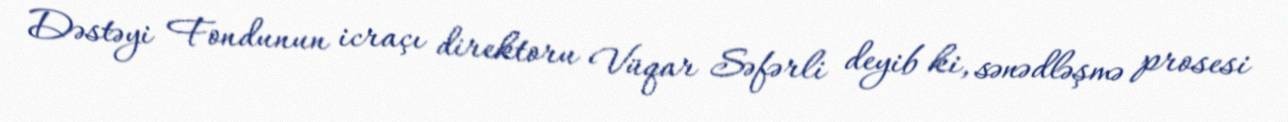
Dəstəyi Fondunun icraçı direktoru Vüqar Səfərli deyib ki, sənədləşmə prosesi